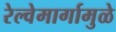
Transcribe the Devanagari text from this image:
रेल्वेमार्गामुळे